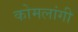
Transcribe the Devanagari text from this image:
कोमलांगी